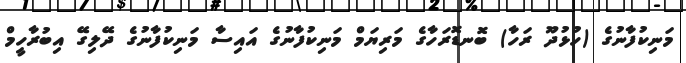
މަނިކުފާނުގެ (ހުޅުދޫ ރަހާ) ބޮނޑޮރަހާގެ މަރިޔަމް މަނިކުފާނުގެ އައިސާ މަނިކުފާނުގެ ދޭލިގޭ އިބުރާހީމް